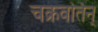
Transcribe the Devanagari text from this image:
चक्रवर्तिन्